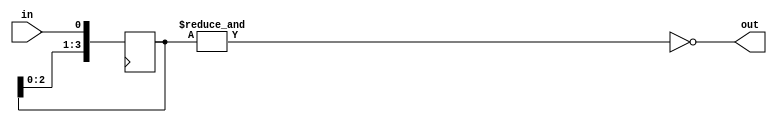
module nor_gate_delay (
    input wire in,
    output reg out
);

reg [3:0] delay_reg;

always @(posedge clk) begin
    delay_reg <= {delay_reg[2:0], in};
end

assign out = ~(&delay_reg);

endmodule